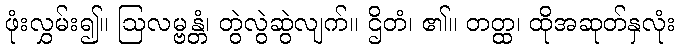
ဖုံးလွှမ်း၍။ ဩလမ္ဗန္တံ၊ တွဲလွဲဆွဲလျက်။ ဌိတံ၊ ၏။ တတ္ထ၊ ထိုအဆုတ်နှလုံး